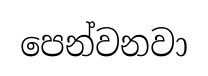
පෙන්වනවා